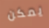
يمكن